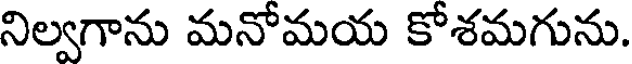
నిల్వగాను మనోమయ కోశమగును.